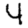
Digit: 4